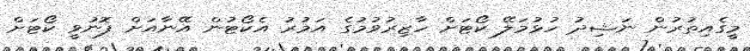
މީގެއިތުރުން ނަޝިދު ހުޅުމަލޭ ކޯޓަށް ހާޒިރުވުމުގެ އަމުރު އެކޯޓުން އޭނާއަށް ފޮނުވީ ކޯޓަށް